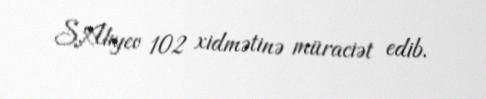
S.Alıyev 102 xidmətinə müraciət edib.